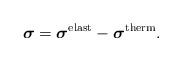
LaTeX: \begin{align*}\boldsymbol{\sigma} = \boldsymbol{\sigma}^{\mathrm{elast}} - \boldsymbol{\sigma}^{\mathrm{therm}}.\end{align*}